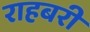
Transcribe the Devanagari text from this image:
राहबरी